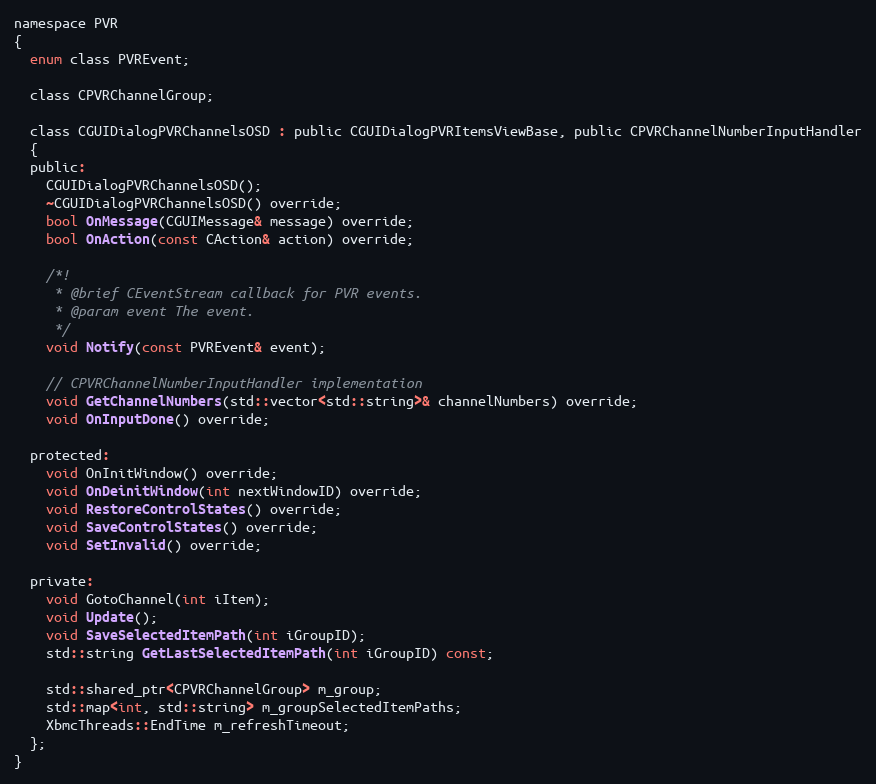
Language: C
namespace PVR
{
  enum class PVREvent;

  class CPVRChannelGroup;

  class CGUIDialogPVRChannelsOSD : public CGUIDialogPVRItemsViewBase, public CPVRChannelNumberInputHandler
  {
  public:
    CGUIDialogPVRChannelsOSD();
    ~CGUIDialogPVRChannelsOSD() override;
    bool OnMessage(CGUIMessage& message) override;
    bool OnAction(const CAction& action) override;

    /*!
     * @brief CEventStream callback for PVR events.
     * @param event The event.
     */
    void Notify(const PVREvent& event);

    // CPVRChannelNumberInputHandler implementation
    void GetChannelNumbers(std::vector<std::string>& channelNumbers) override;
    void OnInputDone() override;

  protected:
    void OnInitWindow() override;
    void OnDeinitWindow(int nextWindowID) override;
    void RestoreControlStates() override;
    void SaveControlStates() override;
    void SetInvalid() override;

  private:
    void GotoChannel(int iItem);
    void Update();
    void SaveSelectedItemPath(int iGroupID);
    std::string GetLastSelectedItemPath(int iGroupID) const;

    std::shared_ptr<CPVRChannelGroup> m_group;
    std::map<int, std::string> m_groupSelectedItemPaths;
    XbmcThreads::EndTime m_refreshTimeout;
  };
}